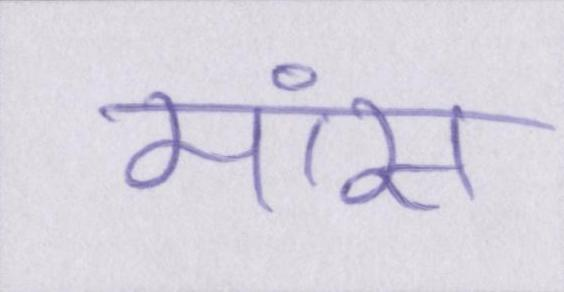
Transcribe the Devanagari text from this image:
मांस